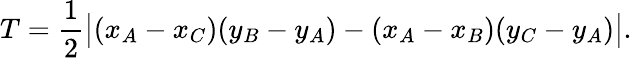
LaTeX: T={\frac{1}{2}}{\big|}(x_{A}-x_{C})(y_{B}-y_{A})-(x_{A}-x_{B})(y_{C}-y_{A}){\big|}.